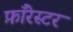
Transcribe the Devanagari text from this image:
फ़ॉरेस्टर